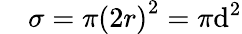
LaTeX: \quad\sigma=\pi\left(2r\right)^{2}=\pi\mathrm{d}^{2}